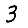
Digit: 3